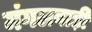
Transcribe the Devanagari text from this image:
मंगलवाड़ी